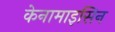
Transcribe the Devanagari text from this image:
केनामाइसिन